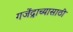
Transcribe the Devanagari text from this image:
गजेंद्राच्यासाठी